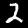
Label: 2